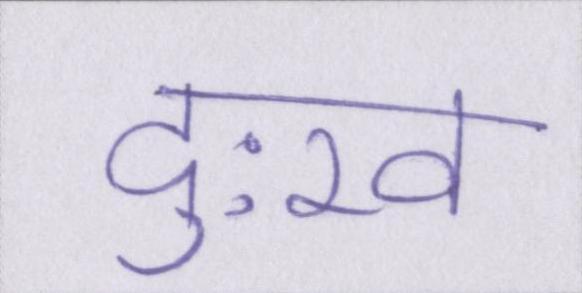
दुःख